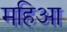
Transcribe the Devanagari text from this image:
महिआ